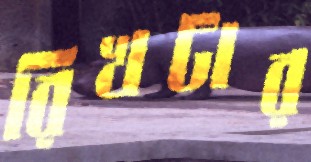
রিখটার